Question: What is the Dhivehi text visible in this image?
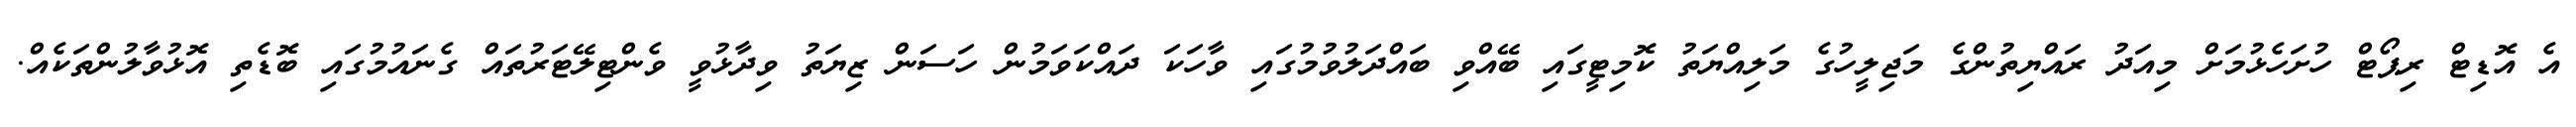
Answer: އެ އޮޑިޓް ރިޕޯޓް ހުށަހެޅުމަށް މިއަދު ރައްޔިތުންގެ މަޖިލީހުގެ މަލިއްޔަތު ކޮމިޓީގައި ބޭއްވި ބައްދަލުވުމުގައި ވާހަކަ ދައްކަވަމުން ހަސަން ޒިޔަތު ވިދާޅުވީ ވެންޓިލޭޓަރުތައް ގެނައުމުގައި ބޮޑެތި އޮޅުވާލުންތަކެއް.